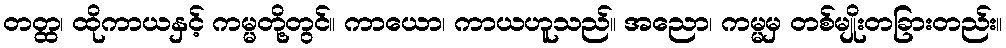
တတ္ထ၊ ထိုကာယနှင့် ကမ္မတို့တွင်။ ကာယော၊ ကာယဟူသည်။ အညော၊ ကမ္မမှ တစ်မျိုးတခြားတည်း။